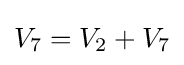
V_{7}=V_{2}+V_{7}